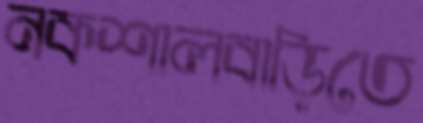
নকশালবাড়িতে